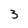
Character: 3